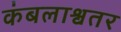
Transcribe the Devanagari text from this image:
कंबलाश्वतर